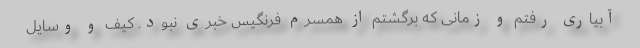
آبیاری رفتم و زمانی که برگشتم از همسرم فرنگیس خبری نبود. کیف و وسایل